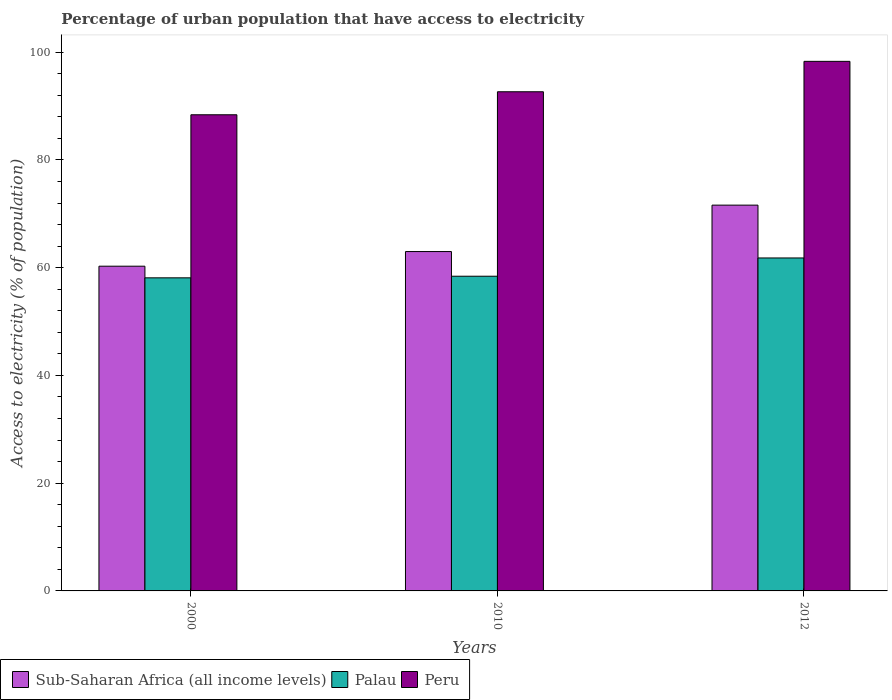
| Years | Sub-Saharan Africa (all income levels) | Palau | Peru |
 | --- | --- | --- | --- |
 | 2000 | 60.3 | 58.1 | 88.4 |
 | 2010 | 63 | 58.4 | 92.7 |
 | 2012 | 71.6 | 61.8 | 98.3 |